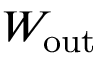
W _ { \mathrm { { o u t } } }